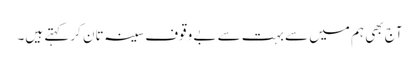
آج بھی ہم میں سے بہت سے بے وقوف سینہ تان کر کہتے ہیں۔